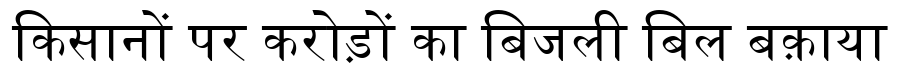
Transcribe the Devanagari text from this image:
किसानों पर करोड़ों का बिजली बिल बक़ाया